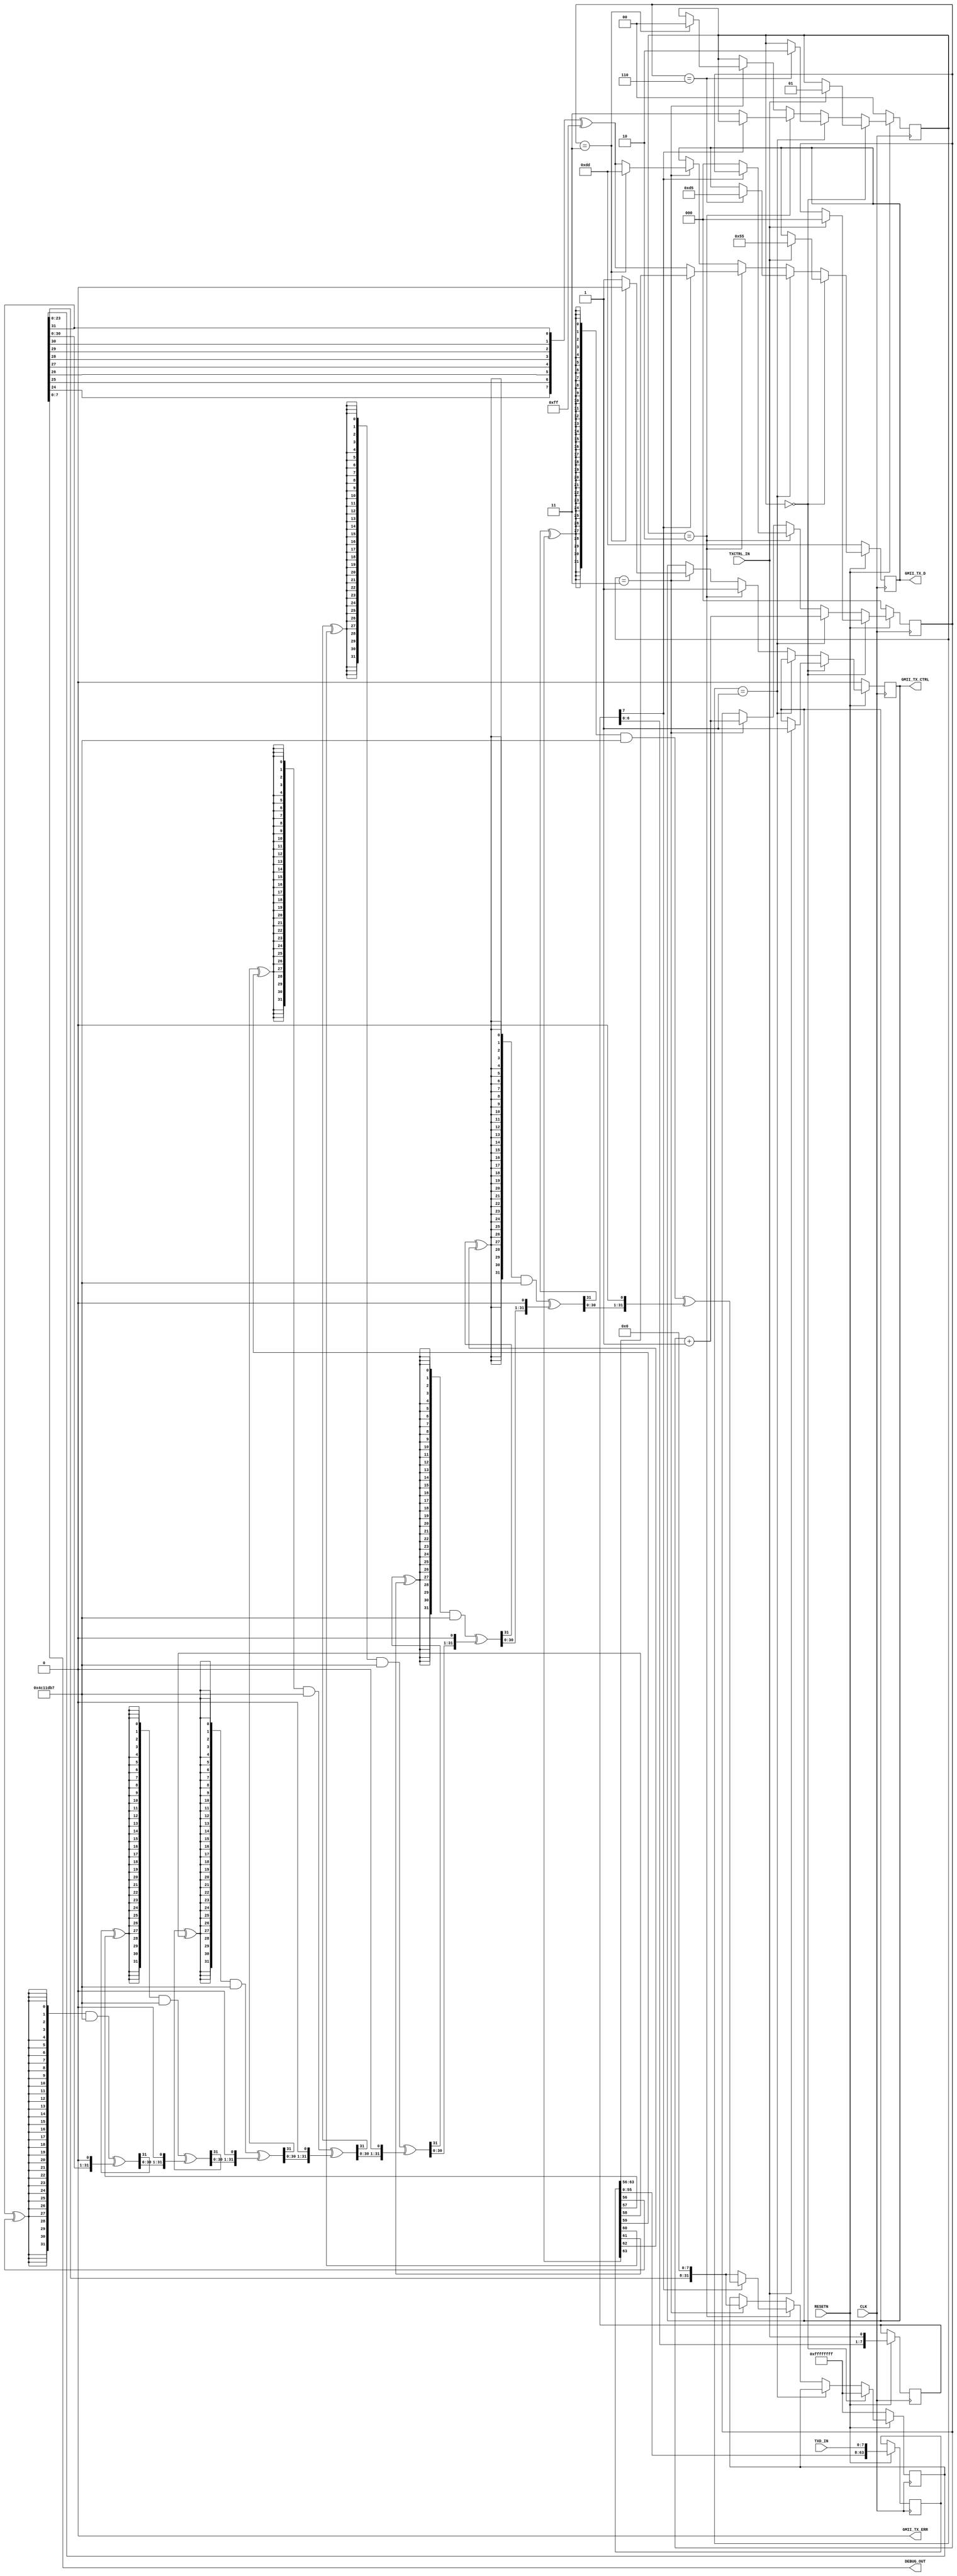

// Copyright (C) Akira Higuchi  ( https://github.com/ahiguti )
// Copyright (C) DeNA Co.,Ltd. ( https://dena.com )
// All rights reserved.
// See COPYRIGHT.txt for details

module gmii_tx_fcs(
input CLK,
input RESETN,
input TXCTRL_IN,
input [7:0] TXD_IN,
output GMII_TX_CTRL,
output GMII_TX_ERR,
output [7:0] GMII_TX_D,
output [7:0] DEBUG_OUT
);

reg [31:0] crc32val;
reg [1:0] state;
reg [63:0] txd_shiftreg;
reg [7:0] txc_shiftreg;
reg [7:0] gmii_tx_d;
reg gmii_tx_ctrl;
reg [2:0] cnt;

wire [7:0] txd_s8 = txd_shiftreg[63:56];
wire txc_s8 = txc_shiftreg[7];

assign GMII_TX_CTRL = gmii_tx_ctrl;
assign GMII_TX_ERR = 0;
assign GMII_TX_D = gmii_tx_d;
assign DEBUG_OUT = crc32val;

function [31:0] crc32_8;
input [31:0] crc;
input [7:0] data;
integer i;
begin
    for (i = 0; i < 8; i = i + 1) begin
        crc = ({32{crc[31] ^ data[0]}} & 32'h04c11db7) ^ {crc[30:0], 1'b0};
        data = data >> 1;
    end
    crc32_8 = crc;
end
endfunction

function [7:0] revert8;
input [7:0] value;
integer i;
begin
    revert8 = 0;
    for (i = 0; i < 8; i = i + 1) begin
        revert8[i] = value[7 - i];
    end
end
endfunction

always @(posedge CLK) begin
    if (!RESETN) begin
        crc32val <= 32'hffffffff;
        gmii_tx_d <= 8'hdd;
        gmii_tx_ctrl <= 0;
        cnt <= 0;
        state <= 0;
    end else begin
        txd_shiftreg <= { txd_shiftreg, TXD_IN };
        txc_shiftreg <= { txc_shiftreg, TXCTRL_IN };
        if (state == 0) begin
            crc32val <= 32'hffffffff;
            if (TXCTRL_IN) begin
                gmii_tx_d <= 8'h55;
                gmii_tx_ctrl <= 1;
                cnt <= 0;
                state <= 1;
            end
        end else if (state == 1) begin
            cnt <= cnt + 1;
            if (cnt == 6) begin
                gmii_tx_d <= 8'hd5;
                state <= 2;
            end
        end else if (state == 2) begin
            gmii_tx_d <= txd_s8;
            gmii_tx_ctrl <= txc_s8;
            crc32val <= crc32_8(crc32val, txd_s8);
            if (txc_s8 == 0) begin
                crc32val <= { crc32val, 8'b0 };
                gmii_tx_d <= revert8(crc32val[31:24]) ^ 8'hff;
                gmii_tx_ctrl <= 1;
                cnt <= 0;
                state <= 3;
            end
        end else if (state == 3) begin
            crc32val <= { crc32val, 8'b0 };
            gmii_tx_d <= revert8(crc32val[31:24]) ^ 8'hff;
            gmii_tx_ctrl <= 1;
            cnt <= cnt + 1;
            if (cnt == 3) begin
                gmii_tx_d <= 8'hdd;
                gmii_tx_ctrl <= 0;
                state <= 0;
            end
        end
    end
end

endmodule